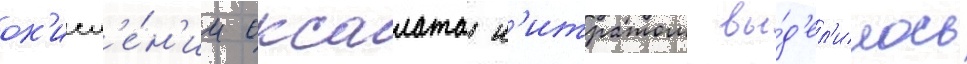
ок'исл'е́н'ии оксалата н'итратом вы́д'ел'илось